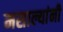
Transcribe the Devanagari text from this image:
मसाल्यांनी